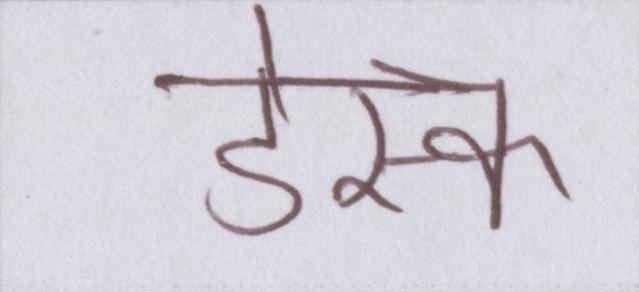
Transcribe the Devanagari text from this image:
डेस्क